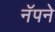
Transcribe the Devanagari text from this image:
नॅपने